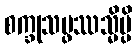
စက္ခုသမ္ဖဿသ္မိမ္ပိ